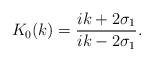
\begin{align*}K_{0}(k)=\frac{ik+2\sigma_{1}}{ik-2\sigma_{1}}.\end{align*}